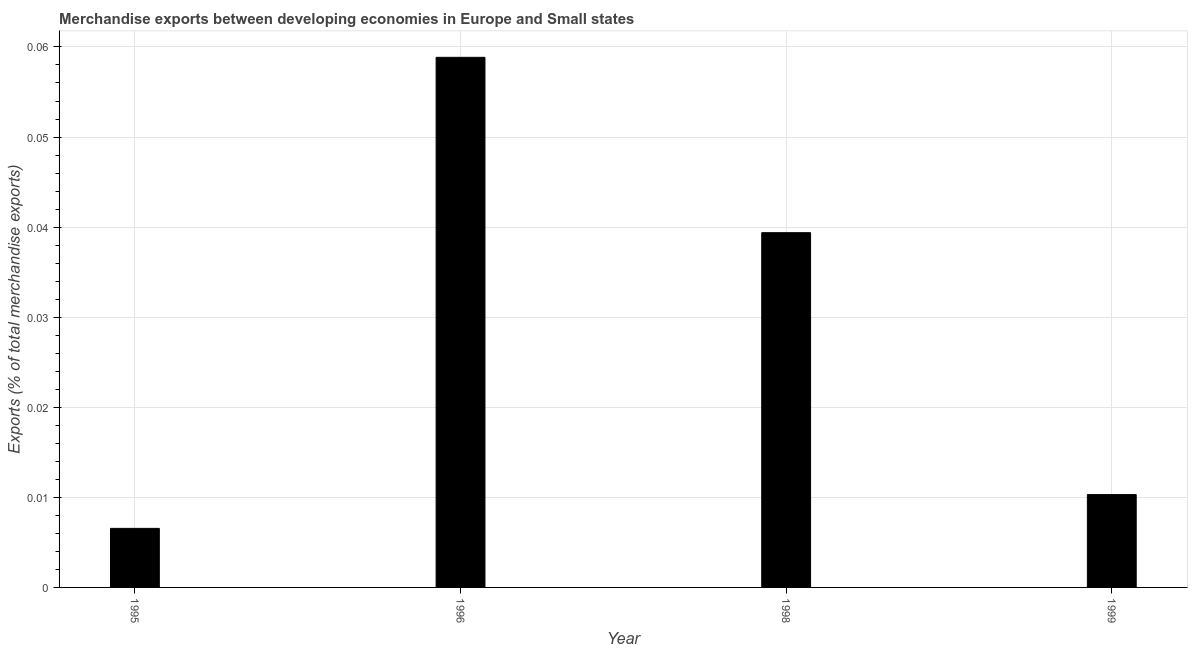
| Year | Merchandise Exports |
 | --- | --- |
 | 1995 | 0.00655 |
 | 1996 | 0.0588 |
 | 1998 | 0.0394 |
 | 1999 | 0.0103 |